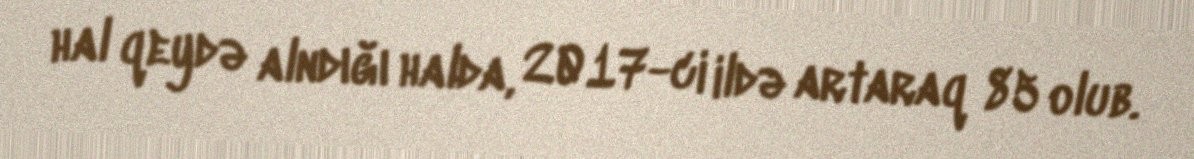
hal qeydə alndığı halda, 2017-ci ildə artaraq 85 olub.